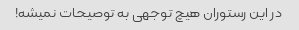
در این رستوران هیچ توجهی به توصیحات نمیشه!